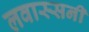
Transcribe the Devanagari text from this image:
लवास्सनी